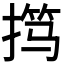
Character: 𫽢